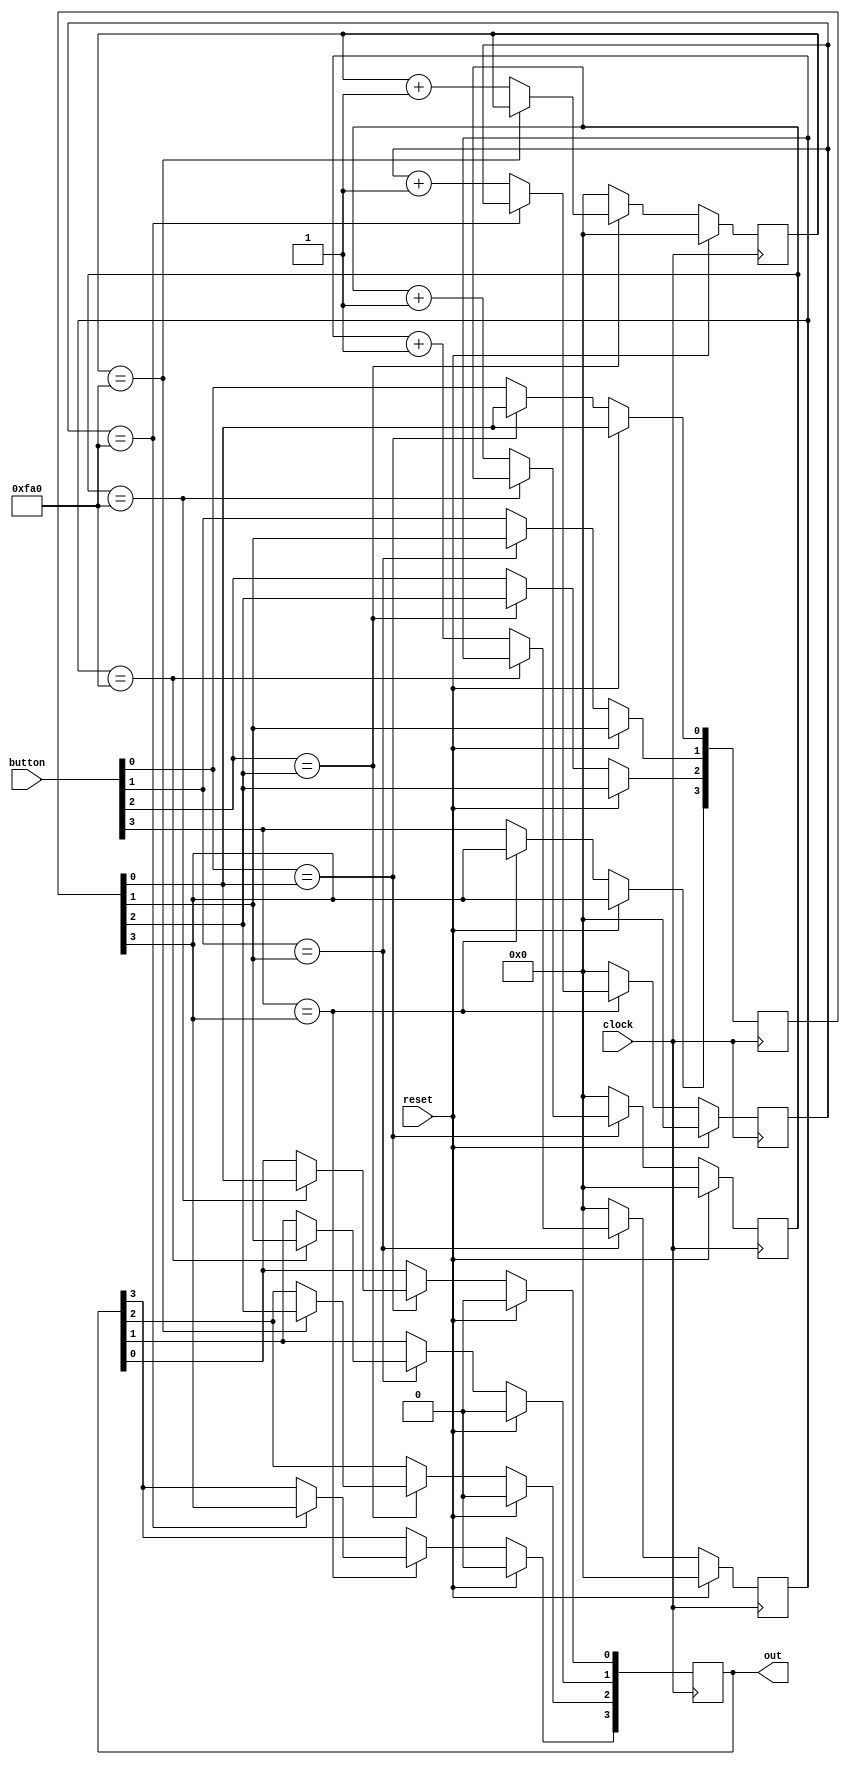
module debounce(
    input clock,//100MHz clock
    input reset,
    input [3:0] button,//Buttons to debounce
    output reg [3:0]out
);

reg [12:0] cnt0=0, cnt1=0, cnt2=0, cnt3=0;
reg [3:0] IV = 0;

//parameter dbTime = 19;
parameter dbTime = 4000;

always @ (posedge(clock))begin
    if(reset==1)begin
        cnt0<=0;
        cnt1<=0;
        cnt2<=0;
        cnt3<=0;
        out<=0;
    end
    else begin
        if(button[0]==IV[0]) begin 
            if (cnt0==dbTime) begin
                out[0]<=IV[0];
                end
            else begin
                cnt0<=cnt0+1;
                end
        end
        else begin
            cnt0<=0;
            IV[0]<=button[0];
            end
        if(button[1]==IV[1]) begin 
            if (cnt1==dbTime) begin
                out[1]<=IV[1];
            end
            else begin
                cnt1<=cnt1+1;
            end
        end
        else begin
            cnt1<=0;
            IV[1]<=button[1];
        end
        if(button[2]==IV[2]) begin 
            if (cnt2==dbTime) begin
                out[2]<=IV[2];
            end
            else begin
                cnt2<=cnt2+1;
            end
        end
        else begin
            cnt2<=0;
            IV[2]<=button[2];
        end
        if(button[3]==IV[3]) begin 
            if (cnt3==dbTime) begin
                out[3]<=IV[3];
            end
            else begin
                cnt3<=cnt3+1;
            end
        end
        else begin
            cnt3<=0;
            IV[3]<=button[3];
        end
    end
end
endmodule